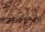
واحد